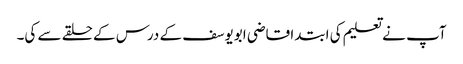
آپ نے تعلیم کی ابتدا قاضی ابویوسف کے درس کے حلقے سے کی۔